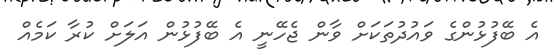
އެ ބޭފުޅުންގެ ވައުދުތަކަށް ވާން ޖެހޭނީ އެ ބޭފުޅުން އަލަށް ކުރާ ކަމެއް